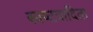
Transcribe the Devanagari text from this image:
स्‍पष्‍टवादिता